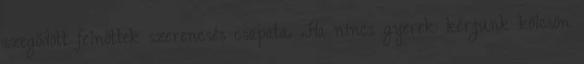
szegődött felnőttek szerencsés csapata. .Ha nincs gyerek: kérjünk kölcsön